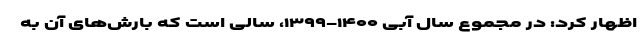
اظهار کرد: در مجموع سال آبی ۱۴۰۰-۱۳۹۹، سالی است که بارش‌های آن به